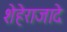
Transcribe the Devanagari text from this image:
शेहेराजादे